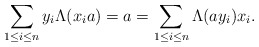
\begin{align*}\sum_{1\leq i\leq n}y_i\Lambda(x_ia) = a = \sum_{1\leq i\leq n}\Lambda(ay_i)x_i.\end{align*}